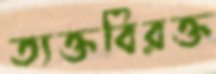
ত্যক্তবিরক্ত